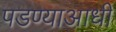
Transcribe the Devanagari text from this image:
पडण्याआधी